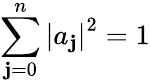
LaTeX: \sum_{\mathbf{j}=0}^{n}\left|a_{\mathbf{j}}\right|^{2}=1